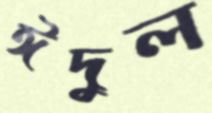
ঈদুল